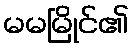
မမမြိုင်၏